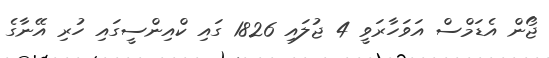
ޖޯން އެޑަމްސް އަވަހާރަވީ 4 ޖުލައި 1826 ގައި ކްއިންސީގައި ހުރި އޭނާގެ